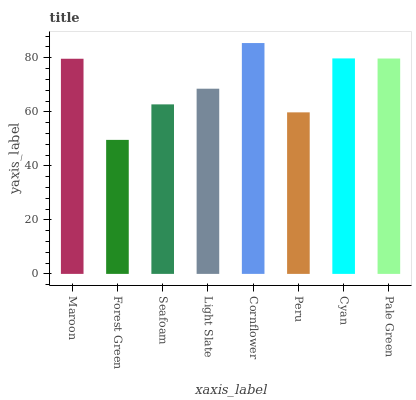
| xaxis_label | bars |
 | --- | --- |
 | Maroon | 79.6 |
 | Forest Green | 49.6 |
 | Seafoam | 62.8 |
 | Light Slate | 68.6 |
 | Cornflower | 85.5 |
 | Peru | 59.8 |
 | Cyan | 79.8 |
 | Pale Green | 79.7 |